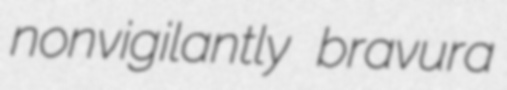
nonvigilantly bravura